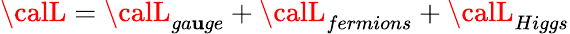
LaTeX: {\calL}={\calL}_{ga\mathbf{u}ge}+{\calL}_{fermions}+{\calL}_{Higgs}